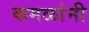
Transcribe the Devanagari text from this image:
कमळांनी